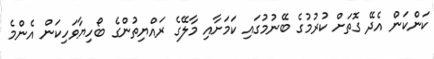
ކަންކަން އެދޭ ގޮތަށް ކުރުމުގެ ބޭނުމުގައި ކަމަށާއި މާލޭގެ ރައްޔިތުންގެ ބޯހިޔާވަހިކަން އެންމެ